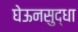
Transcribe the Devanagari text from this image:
घेऊनसुद्धा